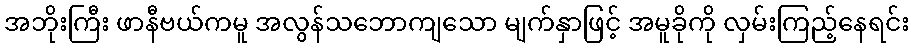
အဘိုးကြီး ဖာနီဗယ်ကမူ အလွန်သဘောကျသော မျက်နှာဖြင့် အမူခိုကို လှမ်းကြည့်နေရင်း